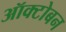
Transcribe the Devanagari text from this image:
ऑक्टोबन